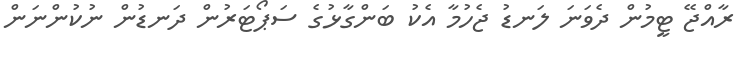
ރާއްޖޭ ޓީމުން ދެވަނަ ލަނޑު ޖެހުމާ އެކު ބަންގާޅުގެ ސަޕޯޓަރުން ދަނޑުން ނުކުންނަން